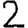
Digit: 2